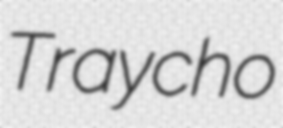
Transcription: Traycho